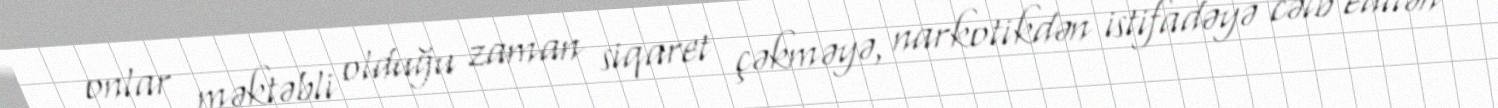
onlar məktəbli olduğu zaman siqaret çəkməyə, narkotikdən istifadəyə cəlb edilən